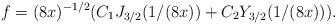
LaTeX: \begin{align*}f = (8x)^{-1/2}(C_1 J_{3/2}(1/(8x)) + C_2 Y_{3/2}(1/(8x))) . \end{align*}